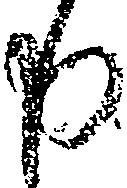
申